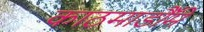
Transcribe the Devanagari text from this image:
काठमाडौँमे